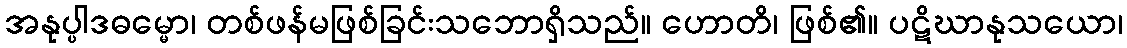
အနုပ္ပါဒဓမ္မော၊ တစ်ဖန်မဖြစ်ခြင်းသဘောရှိသည်။ ဟောတိ၊ ဖြစ်၏။ ပဋိဃာနုသယော၊